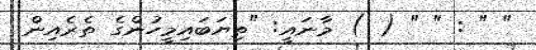
" " : " " ( ) މާނައީ: "ތިޔަބައިމީހުންގެ ތެރެއިން